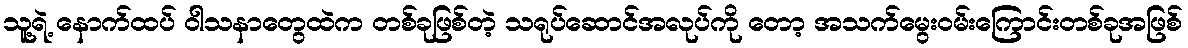
သူ့ရဲ့ နောက်ထပ် ဝါသနာတွေထဲက တစ်ခုဖြစ်တဲ့ သရုပ်ဆောင်အလုပ်ကို တော့ အသက်မွေးဝမ်းကြောင်းတစ်ခုအဖြစ်